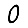
Digit: 0